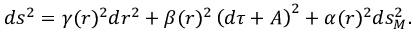
d s ^ { 2 } = \gamma ( r ) ^ { 2 } d r ^ { 2 } + \beta ( r ) ^ { 2 } \left( d \tau + A \right) ^ { 2 } + \alpha ( r ) ^ { 2 } { d s _ { M } ^ { 2 } } .